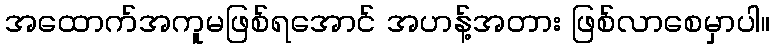
အထောက်အကူမဖြစ်ရအောင် အဟန့်အတား ဖြစ်လာစေမှာပါ။